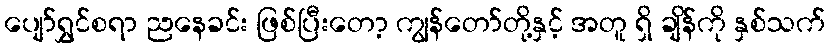
ပျော်ရွှင်စရာ ညနေခင်း ဖြစ်ပြီးတော့ ကျွန်တော်တို့နှင့် အတူ ရှိ ချိန်ကို နှစ်သက်